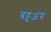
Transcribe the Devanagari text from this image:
बहुअंग